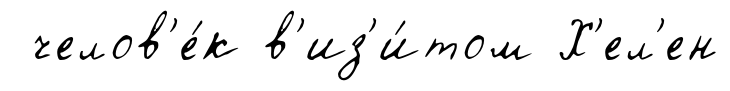
челов'е́к в'из'и́том Х'ел'ен